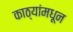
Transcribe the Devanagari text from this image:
काठ्यांमधून